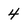
Character: 4